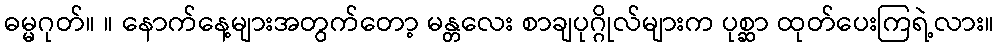
ဓမ္မဂုတ်။ ။ နောက်နေ့များအတွက်တော့ မန္တလေး စာချပုဂ္ဂိုလ်များက ပုစ္ဆာ ထုတ်ပေးကြရဲ့လား။